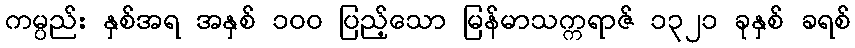
ကမ္ပည်း နှစ်အရ အနှစ် ၁၀၀ ပြည့်သော မြန်မာသက္ကရာဇ် ၁၃၂၁ ခုနှစ် ခရစ်